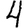
Digit: 4